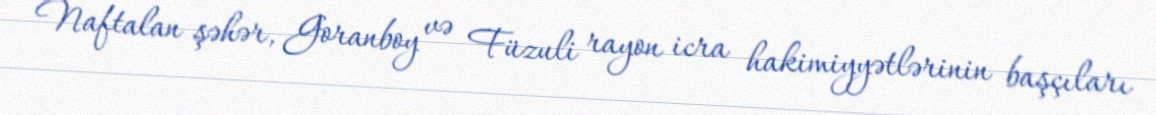
Naftalan şəhər, Goranboy və Füzuli rayon icra hakimiyyətlərinin başçıları